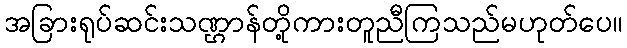
အခြားရုပ်ဆင်းသဏ္ဌာန်တို့ကားတူညီကြသည်မဟုတ်ပေ။